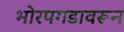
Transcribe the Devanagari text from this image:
भोरपगडावरून